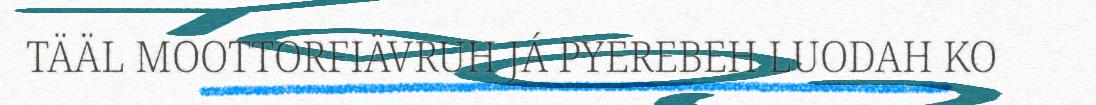
TÄÄL MOOTTORFIÄVRUH JÁ PYEREBEH LUODAH KO